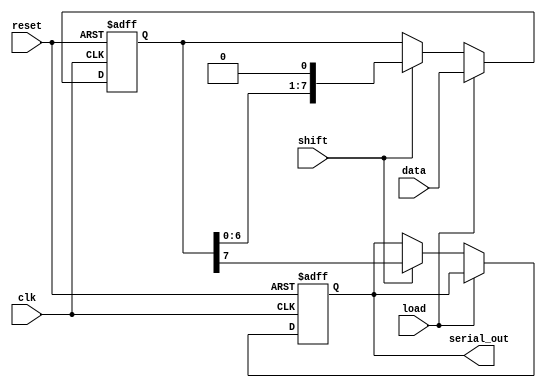
module dynamic_piso_register #(
    parameter N = 8  // Width of the register (number of parallel input lines)
)(
    input wire clk,          // Clock signal
    input wire reset,        // Asynchronous reset signal
    input wire load,         // Load signal
    input wire shift,        // Shift signal
    input wire [N-1:0] data, // Parallel input data
    output reg serial_out     // Serial output
);

    // Internal storage for the register
    reg [N-1:0] storage;

    // Asynchronous reset logic
    always @(posedge clk or posedge reset) begin
        if (reset) begin
            storage <= {N{1'b0}}; // Clear the register
            serial_out <= 1'b0;   // Clear the serial output
        end else if (load) begin
            storage <= data;      // Load data into the register
        end else if (shift) begin
            serial_out <= storage[N-1]; // Output the MSB
            storage <= {storage[N-2:0], 1'b0}; // Shift left
        end
    end

endmodule